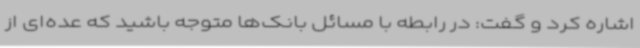
اشاره کرد و گفت: در رابطه با مسائل بانک‌ها متوجه باشید که عده‌ای از